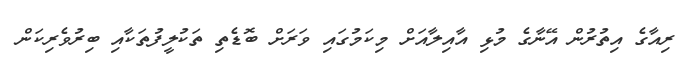
ރިއާގެ އިތުރުން އޭނާގެ މުޅި އާއިލާއަށް މިކަމުގައި ވަރަށް ބޮޑެތި ތަކުލީފުތަކާއި ބިރުވެރިކަން